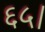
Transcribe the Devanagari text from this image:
६५।